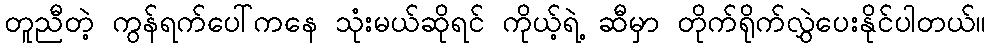
တူညီတဲ့ ကွန်ရက်ပေါ်ကနေ သုံးမယ်ဆိုရင် ကိုယ့်ရဲ့ ဆီမှာ တိုက်ရိုက်လွှဲပေးနိုင်ပါတယ်။